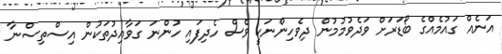
އަނެއް ގައުމެއްގެ ބޯޑަރަށް ވަދެވުމުމުން ދިވެހިންނަކީ ވެސް ހެދިފައި ހުންނަ ގަވާއިދުތަކުން އިސްތިސްނާ